Indian journal of veterinary science and animal husbandry - Volumes 15-17, 1948-1951
Year: 1948
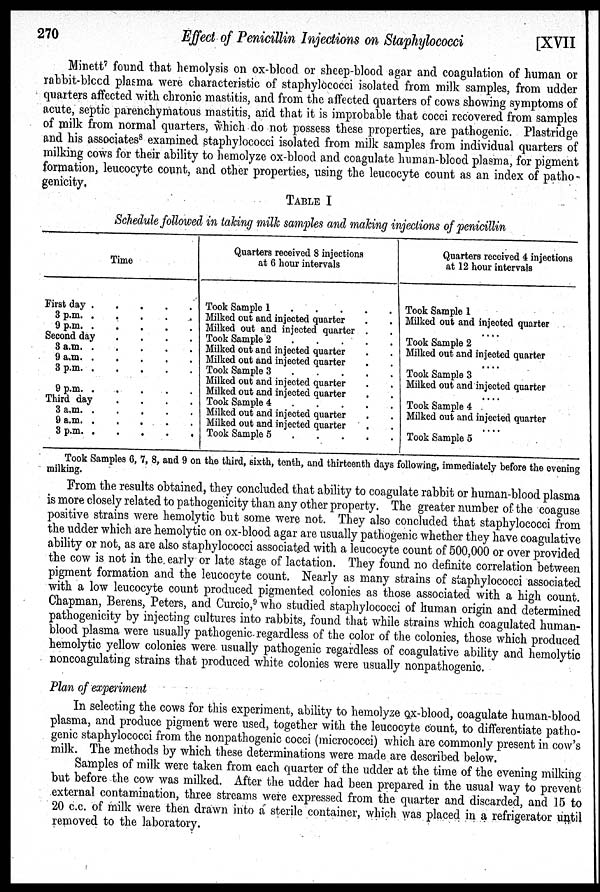
270
Effect of Penicillin Injections on Staphylococci
[XVII
Minett 7 found that hemolysis on ox-blood or sheep-blood agar and coagulation of human or
rabbit-blood plasma were characteristic of staphylococci isolated from milk samples, from udder
quarters affected with chronic mastitis, and from the affected quarters of cows showing symptoms of
acute, septic parenchymatous mastitis, and that it is improbable that cocci recovered from samples
of milk from normal quarters, which do not possess these properties, are pathogenic. Plastridge
and his associates 8 examined staphylococci isolated from milk samples from individual quarters of
milking cows for their ability to hemolyze ox-blood and coagulate human-blood plasma, for pigment
formation, leucocyte count, and other properties, using the leucocyte count as an index of patho-
genicity.
TABLE I
Schedule followed in taking milk samples and making injections of penicillin
Time
First day . . . . .
3 p.m . . . .
9 p.m
.
.
.
.
Second day . . . .
3
a.m.
.
.
.
9 a.m. . . .
3
p.m.
.
.
.
9
p.m.
.
.
.
Third day . .
.
.
3 a.m
.
.
.
.
9 a.m
.
.
.
.
.
3 p.m
.
.
.
.
Quarters received 8 injections
at 6 hour intervals
Took Sample 1 . . . . .
Milked out and injected quarter . .
Milked out and injected quarter . .
Took Sample 2 . . . . .
Milked out and injected quarter . .
Milked out and injected quarter . .
Took Sample 3 . . . . .
Milked out and injected quarter . .
Milked out and injected quarter . .
Took Sample 4
.
.
.
.
.
Milked out and injected quarter . .
Milked out and injected quarter . .
Took Sample 5 . . . . .
Quarters received 4 injections
at 12 hour intervals
Took Sample 1
Milked out and injected quarter
. . . .
Took Sample 2
Milked out and injected quarter
. . . . .
Took Sample 3
Milked out and injected quarter
. . . .
Took Sample 4
Milked out and injected quarter
. . . .
Took Sample 5
Took Samples 6, 7, 8, and 9 on the third, sixth, tenth, and thirteenth days following, immediately before the evening
milking.
From the results obtained, they concluded that ability to coagulate rabbit or human-blood plasma
is more closely related to pathogenicity than any other property. The greater number of the coaguse
positive strains were hemolytic but some were not. They also concluded that staphylococci from
the udder which are hemolytic on ox-blood agar are usually pathogenic whether they have coagulative
ability or not, as are also staphylococci associated with a leucocyte count of 500,000 or over provided
the cow is not in the early or late stage of lactation. They found no definite correlation between
pigment formation and the leucocyte count. Nearly as many strains of staphylococci associated
with a low leucocyte count produced pigmented colonies as those associated with a high count.
Chapman, Berens, Peters, and Curcio, 9 who studied staphylococci of human origin and determined
pathogenicity by injecting cultures into rabbits, found that while strains which coagulated human-
blood plasma were usually pathogenic regardless of the color of the colonies, those which produced
hemolytic yellow colonies were usually pathogenic regardless of coagulative ability and hemolytic
noncoagulating strains that produced white colonies were usually nonpathogenic.
Plan of experiment
In selecting the cows for this experiment, ability to hemolyze ox-blood, coagulate human-blood
plasma, and produce pigment were used, together with the leucocyte count, to differentiate patho-
genic staphylococci from the nonpathogenic cocci (micrococci) which are commonly present in cow's
milk. The methods by which these determinations were made are described below.
Samples of milk were taken from each quarter of the udder at the time of the evening milking
but before the cow was milked. After the udder had been prepared in the usual way to prevent
external contamination, three streams were expressed from the quarter and discarded, and 15 to
20 c.c. of milk were then drawn into a sterile container, which was placed in a refrigerator until
removed to the laboratory.